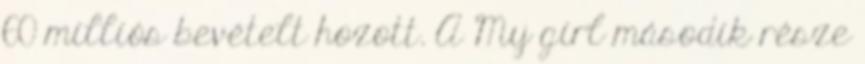
60 milliós bevételt hozott. A My girl második része